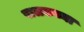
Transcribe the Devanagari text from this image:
पालकच्या